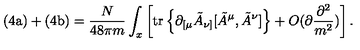
\mathrm { ( 4 a ) } + \mathrm { ( 4 b ) } = \frac { N } { 4 8 \pi m } \int _ { x } \left[ \mathrm { t r } \left\{ \partial _ { [ \mu } \tilde { A } _ { \nu ] } [ \tilde { A } ^ { \mu } , \tilde { A } ^ { \nu } ] \right\} + O ( \partial \frac { \partial ^ { 2 } } { m ^ { 2 } } ) \right] .